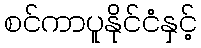
စင်ကာပူနိုင်ငံနှင့်